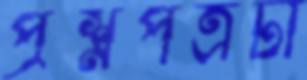
প্রশ্নপত্রটা